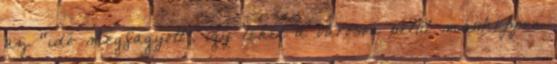
az “idő megfagyott”, így lehet a városon belül másképpen